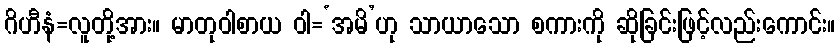
ဂိဟီနံ=လူတို့အား။ မာတုဝါစာယ ဝါ=‘အမိ’ဟု သာယာသော စကားကို ဆိုခြင်းဖြင့်လည်းကောင်း။